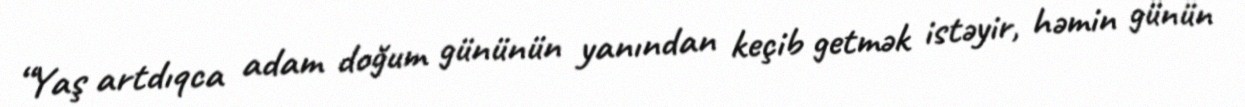
“Yaş artdıqca adam doğum gününün yanından keçib getmək istəyir, həmin günün